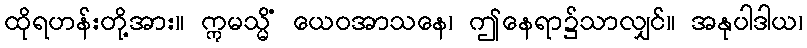
ထိုရဟန်းတို့အား။ ဣမသ္မိံ ယေဝအာသနေ၊ ဤနေရာ၌သာလျှင်။ အနုပါဒါယ၊